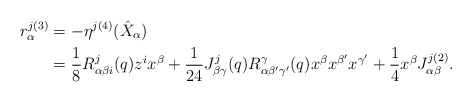
\begin{align*}r^{j(3)}_\alpha &= -\eta^{j(4)}(\hat{X}_\alpha) \\&= \frac{1}{8}R_{\alpha\beta i}^{j}(q)z^i x^\beta + \frac{1}{24}J_{\beta\gamma}^j(q) R_{\alpha\beta^\prime\gamma^\prime}^\gamma(q) x^\beta x^{\beta^\prime} x^{\gamma^\prime} + \frac{1}{4}x^\beta J_{\alpha\beta}^{j(2)}.\end{align*}